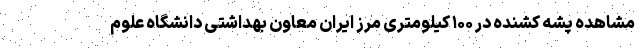
مشاهده پشه کشنده در ۱۰۰ کیلومتری مرز ایران معاون بهداشتی دانشگاه علوم